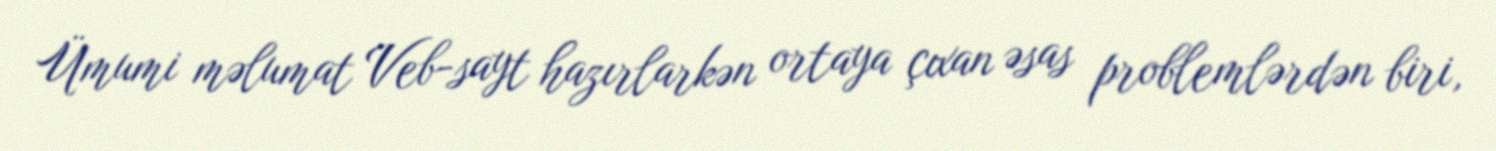
Ümumi məlumat Veb-sayt hazırlarkən ortaya çıxan əsas problemlərdən biri,